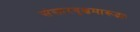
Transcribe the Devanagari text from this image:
संसारवृक्षमारूढाः